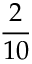
\frac { 2 } { 1 0 }